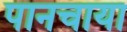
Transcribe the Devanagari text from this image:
पानचाया